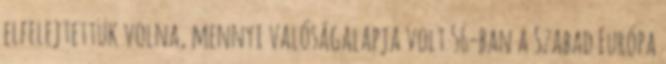
elfelejtettük volna, mennyi valóságalapja volt 56-ban a Szabad Európa